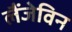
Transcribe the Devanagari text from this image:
लैंजेविन